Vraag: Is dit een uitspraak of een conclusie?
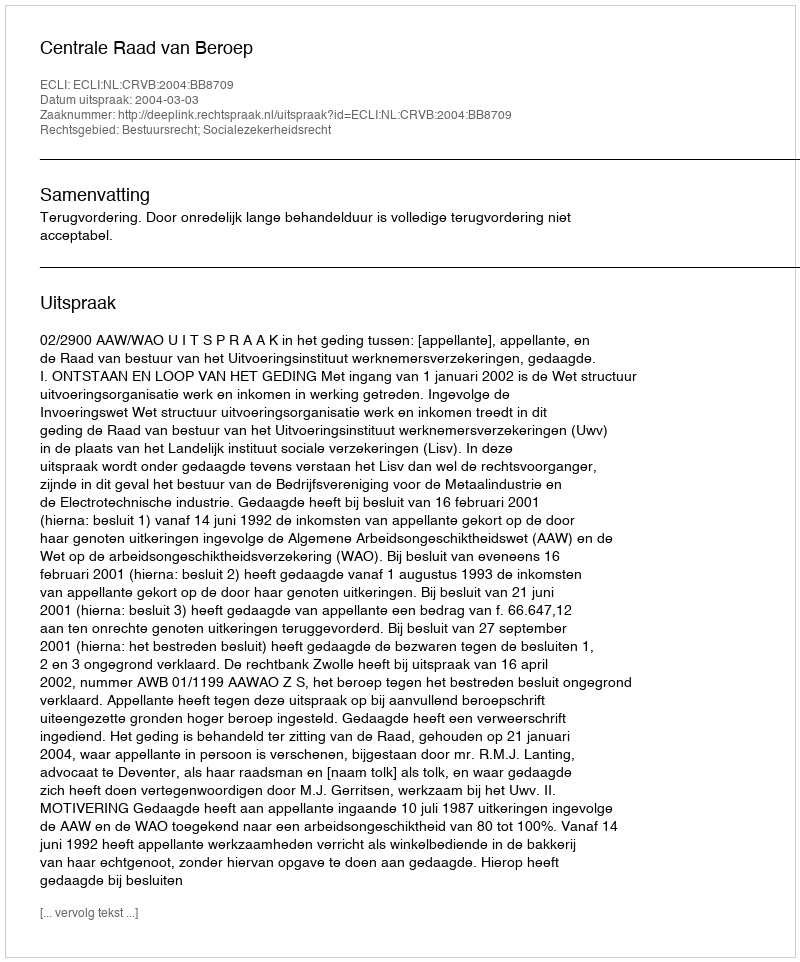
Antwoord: Uitspraak